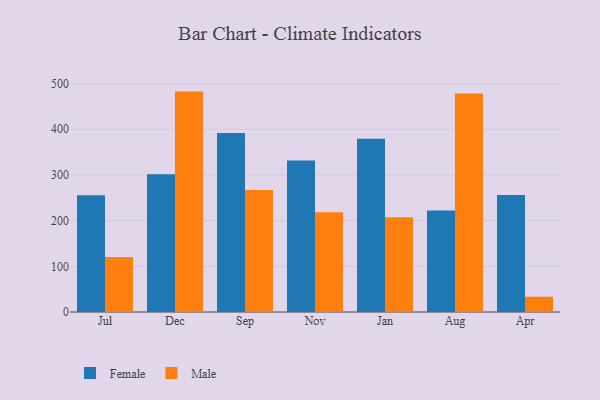
{"axis": {"x": "Month", "y": "Latency (ms)"}, "legend": ["Female", "Male"], "data": [{"x": "Jul", "y": 255.8, "type": "Female"}, {"x": "Jul", "y": 120.5, "type": "Male"}, {"x": "Dec", "y": 301.3, "type": "Female"}, {"x": "Dec", "y": 482.4, "type": "Male"}, {"x": "Sep", "y": 391.8, "type": "Female"}, {"x": "Sep", "y": 267.0, "type": "Male"}, {"x": "Nov", "y": 331.7, "type": "Female"}, {"x": "Nov", "y": 218.1, "type": "Male"}, {"x": "Jan", "y": 379.2, "type": "Female"}, {"x": "Jan", "y": 207.2, "type": "Male"}, {"x": "Aug", "y": 222.3, "type": "Female"}, {"x": "Aug", "y": 478.1, "type": "Male"}, {"x": "Apr", "y": 256.0, "type": "Female"}, {"x": "Apr", "y": 33.4, "type": "Male"}]}